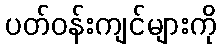
ပတ်ဝန်းကျင်များကို